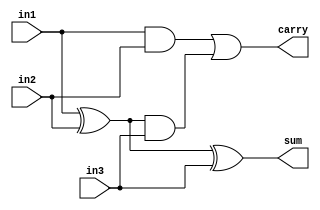
module full_add( sum , carry , in1 , in2 , in3 );
input in1 , in2 , in3;
output sum , carry;
wire w1 , w2 , w3;
xor( w1 , in1 , in2 );
xor( sum , w1 , in3 );
and( w2 , in1 , in2 );
and( w3 , w1 , in3 );
or( carry , w2 , w3 );
endmodule

module add_sub( sum1 , count , inp1 , inp2 , M );
input [ 3 : 0 ] inp1 , inp2;
input M;
output [ 3 : 0 ] sum1;
output count ;
wire w4 , w5 , w6 , w7;
xor( w8 , M , inp2[0] );
xor( w9 , M , inp2[1] );
xor( w10 , M , inp2[2] );
xor( w11 , M , inp2[3] );
full_add f1( sum1[0] , w4 , inp1[0] , w8 , M );
full_add f2( sum1[1] , w5 , inp1[1] , w9 , w4 );
full_add f3( sum1[2] , w6 , inp1[2] , w10 , w5 );
full_add f4( sum1[3] , count , inp1[3] , w11 , w6 );
endmodule